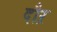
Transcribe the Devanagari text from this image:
दौऱ